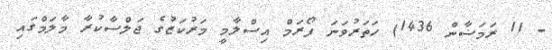
- 11 ރަމަޟާން 1436) ހަތަރުވަނަ ފޯރަމް އިސްލާމީ މަރުކަޒުގެ ޖަލްސާކުރާ މާލަމްގައި